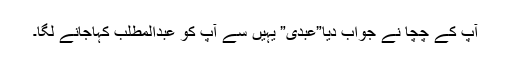
آپ کے چچا نے جواب دیا”عبدی” یہیں سے آپ کو عبدالمطلب کہاجانے لگا۔